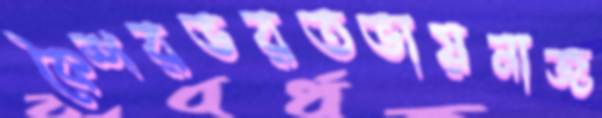
কৈশরভরতভায়নাজ